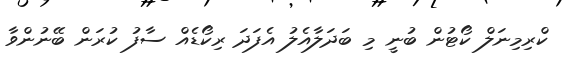
ކްރިމިނަލް ކޯޓުން ބުނީ މި ބަދަލާއެލު އެފަދަ ރިކޯޑެއް ސާފު ކުރަން ބޭނުންވާ